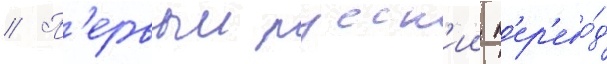
// П'ервыи русск'ии п'ер'ево́д